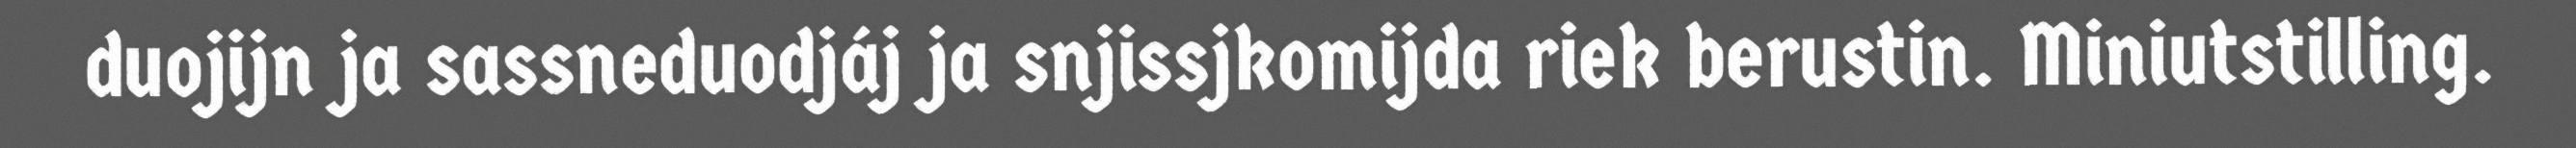
duojijn ja sassneduodjáj ja snjissjkomijda riek berustin. Miniutstilling.